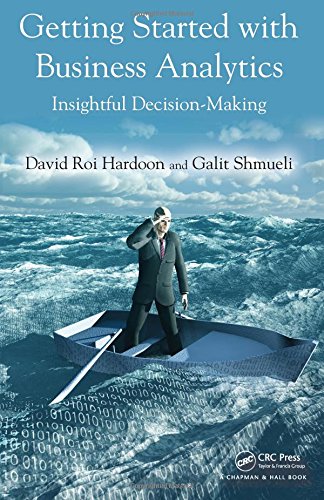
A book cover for Getting Started with Business Analytics: Insightful Decision-Making; David Roi Hardoon; Computers & Technology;